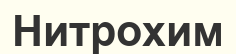
Нитрохим